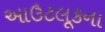
આઉટલૂકના